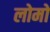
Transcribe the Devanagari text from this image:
लोमो